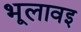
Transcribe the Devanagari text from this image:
भूलावइ